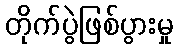
တိုက်ပွဲဖြစ်ပွားမှု